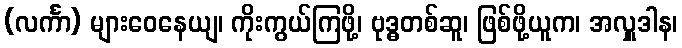
(လင်္ကာ) များဝေနေယျ၊ ကိုးကွယ်ကြဖို့၊ ဗုဒ္ဓတစ်ဆူ၊ ဖြစ်ဖို့ယူက၊ အလှူဒါန၊